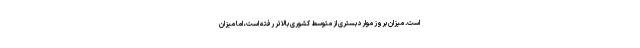
است. میزان بروز موارد بستری از متوسط کشوری بالاتر رفته است، اما میزان